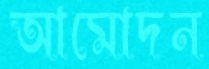
আমোদন